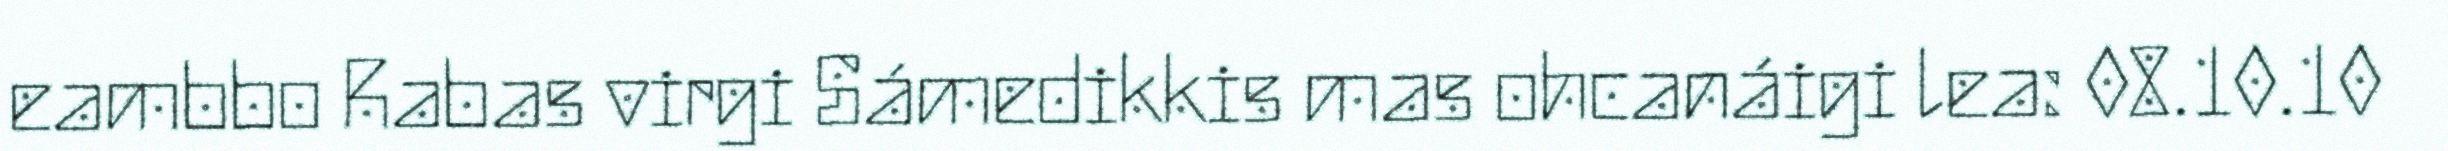
eambbo Rabas virgi Sámedikkis mas ohcanáigi lea: 08.10.10